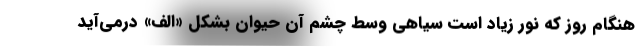
هنگام روز که نور زیاد است سیاهی وسط چشم آن حیوان بشکل «الف» درمی‌آید